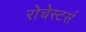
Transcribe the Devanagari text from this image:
रोचेस्टर्स